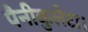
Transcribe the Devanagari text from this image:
पैनीकुलैटा।